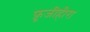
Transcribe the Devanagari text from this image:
फ़ूजीहीरा